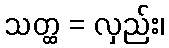
သတ္ထ = လှည်း၊